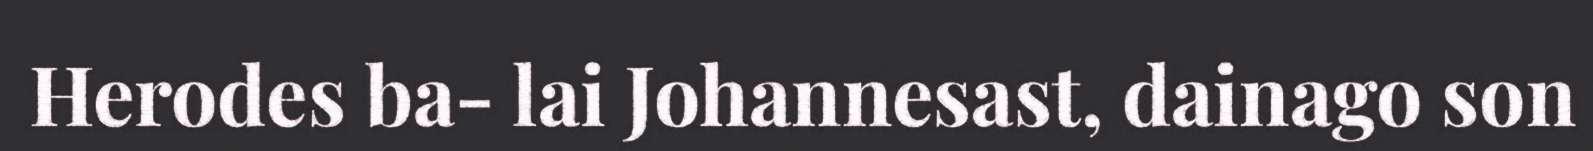
Herodes ba- lai Johannesast, dainago son